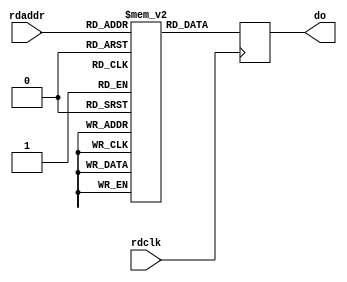
module ram0(
    // Read port
    input rdclk,
    input [8:0] rdaddr,
    output reg [31:0] do);

    (* ram_style = "block" *) reg [31:0] ram[0:511];


    genvar i;
    generate
        for (i=0; i<512; i=i+1)
        begin
            initial begin
                ram[i] <= i;
            end
        end
    endgenerate

    always @ (posedge rdclk) begin
        do <= ram[rdaddr];
    end

endmodule